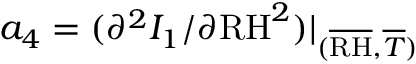
a _ { 4 } = ( \partial ^ { 2 } I _ { 1 } / \partial \mathrm { R H } ^ { 2 } ) \vert _ { ( \overline { { \mathrm { R H } } } , \overline { { T } } ) }